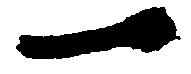
一